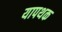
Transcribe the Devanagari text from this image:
यापथक